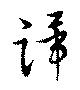
蹕